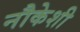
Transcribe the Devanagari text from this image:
नौकेशी